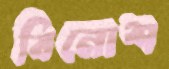
বিনোশ